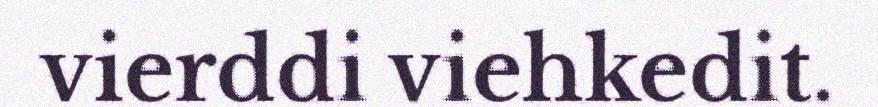
vierddi viehkedit.